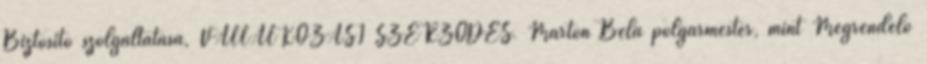
Biztosító szolgáltatása, VÁLLALKOZÁSI SZERZŐDÉS. Marton Béla polgármester, mint Megrendelő